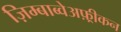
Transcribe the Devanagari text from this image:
ज़िम्बाब्वेअफ़्रीकन